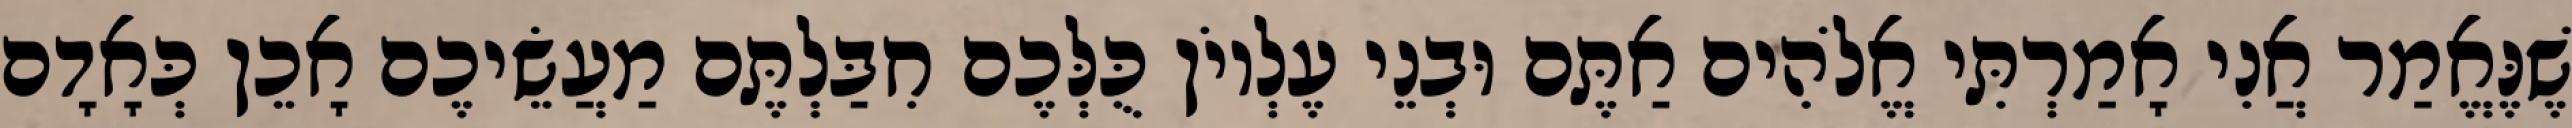
שֶׁנֶּאֱמַר אֲנִי אָמַרְתִּי אֱלֹהִים אַתֶּם וּבְנֵי עֶלְיוֹן כֻּלְּכֶם חִבַּלְתֶּם מַעֲשֵׂיכֶם אָכֵן כְּאָדָם